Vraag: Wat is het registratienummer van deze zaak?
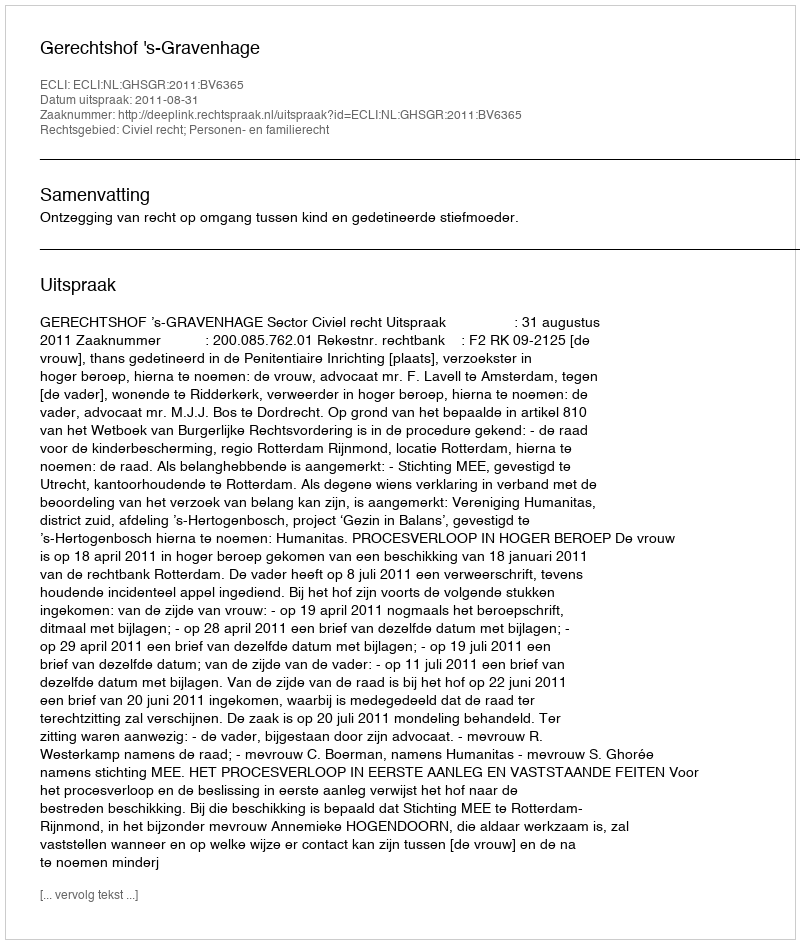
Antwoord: http://deeplink.rechtspraak.nl/uitspraak?id=ECLI:NL:GHSGR:2011:BV6365